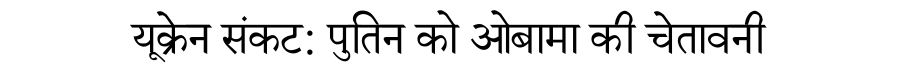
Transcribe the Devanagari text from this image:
यूक्रेन संकट: पुतिन को ओबामा की चेतावनी